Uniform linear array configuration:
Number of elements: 32
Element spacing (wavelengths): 1
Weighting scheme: binomial
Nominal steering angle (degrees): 30
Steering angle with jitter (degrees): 31.822
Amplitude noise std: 0.05
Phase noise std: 0.05

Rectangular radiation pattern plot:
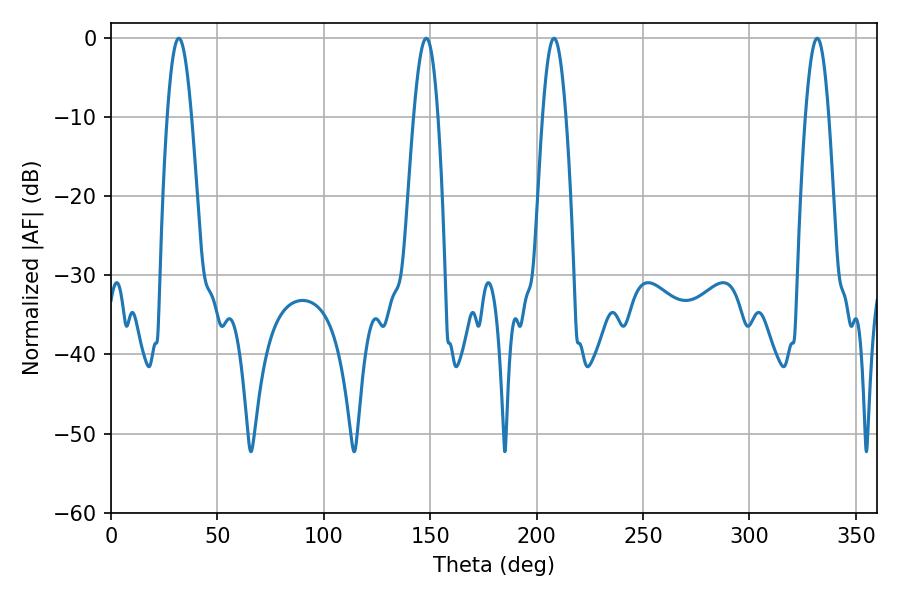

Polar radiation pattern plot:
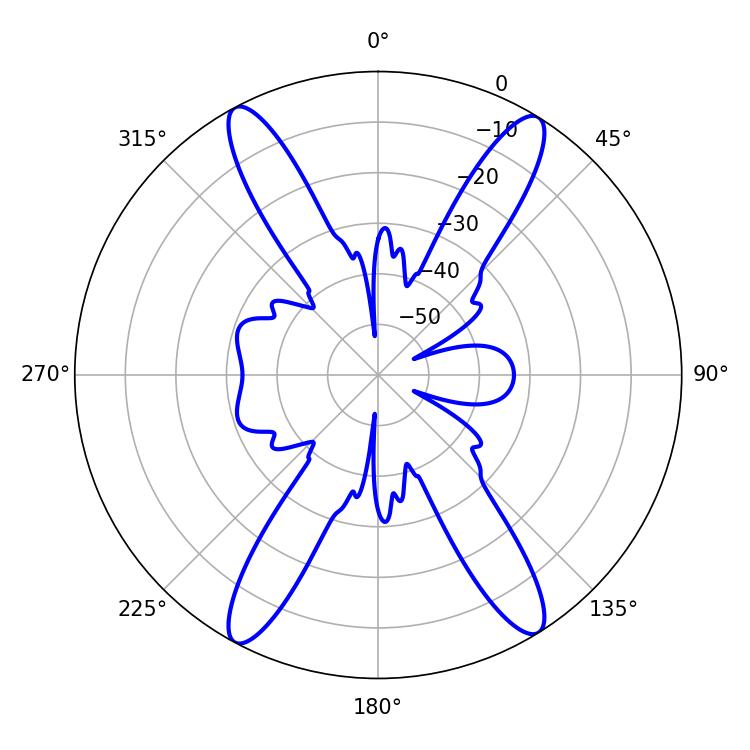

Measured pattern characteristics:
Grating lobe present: TRUE
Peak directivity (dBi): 20.59
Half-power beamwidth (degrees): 6.3
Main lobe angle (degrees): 31.86